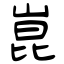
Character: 崑